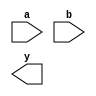
module xor_gate(a,b,y);
    input a, b;
    output y;
endmodule

module and_gate(a,b,y);
    input a, b;
    output y;
endmodule

module structural_adder(A, B, sum, carry);
    input A, B;
    output sum, carry;
endmodule

module procedural_adder(A,B, sum, carry);
    input A, B;
    output sum, carry;
endmodule

module continuous_adder(A,B,sum, carry);
	input A, B;
    output sum, carry;
endmodule